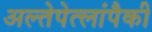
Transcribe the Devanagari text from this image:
अल्तेपेत्लांपैकी